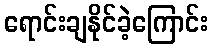
ရောင်းချနိုင်ခဲ့ကြောင်း